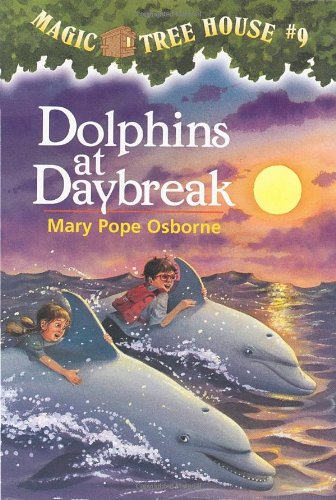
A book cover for Dolphins at Daybreak (Magic Tree House, No. 9); Mary Pope Osborne; Children's Books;